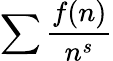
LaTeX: \sum\frac{f(n)}{n^{s}}